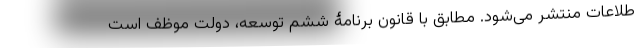
طلاعات منتشر می‌شود. مطابق با قانون برنامۀ ششم توسعه، دولت موظف است